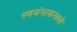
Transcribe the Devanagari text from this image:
स्वयंपाकमध्ये